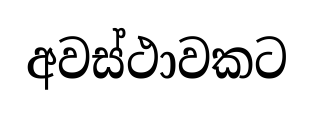
අවස්ථාවකට